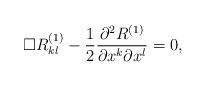
LaTeX: \begin{align*} \Box R_{kl}^{(1)} - \frac{1}{2} \frac{\partial^2 R^{(1)}}{\partial x^k \partial x^l} = 0 ,\end{align*}